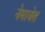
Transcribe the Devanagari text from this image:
नेमावेत